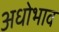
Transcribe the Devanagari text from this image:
अधोभाव